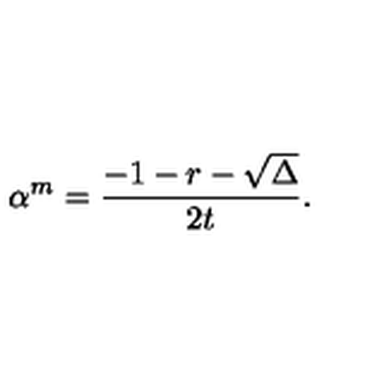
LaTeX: \alpha ^ { m } = \frac { - 1 - r - \sqrt { \Delta } } { 2 t } .